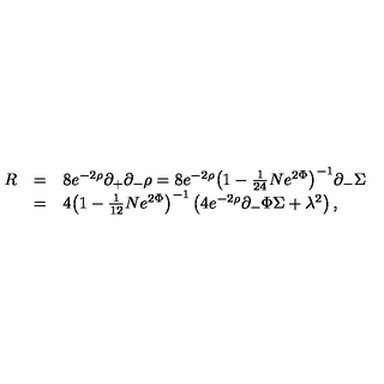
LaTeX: \begin{array} { l l l } { R } & { = } & { 8 e ^ { - 2 \rho } \partial _ { + } \partial _ { - } \rho = 8 e ^ { - 2 \rho } { \left( 1 - { \frac { 1 } { 2 4 } } N e ^ { 2 \Phi } \right) } ^ { - 1 } \partial _ { - } \Sigma } \\ { \ } & { = } & { 4 { \left( 1 - { \frac { 1 } { 1 2 } } N e ^ { 2 \Phi } \right) } ^ { - 1 } \left( 4 e ^ { - 2 \rho } \partial _ { - } \Phi \Sigma + \lambda ^ { 2 } \right) , } \\ \end{array}